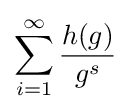
\sum _{i=1}^{\infty }{\frac {h(g)}{g^{s}}}